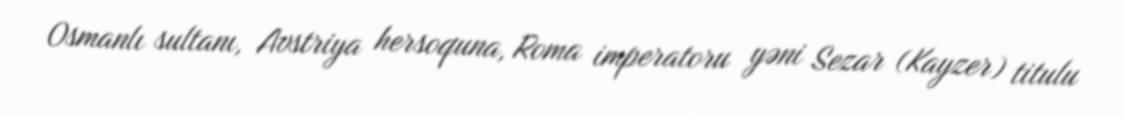
Osmanlı sultanı, Avstriya hersoquna, Roma imperatoru yəni Sezar (Kayzer) titulu